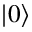
| 0 \rangle